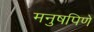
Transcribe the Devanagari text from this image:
मनुषपिणे